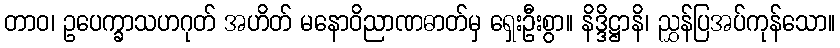
တာဝ၊ ဥပေက္ခာသဟဂုတ် အဟိတ် မနောဝိညာဏဓာတ်မှ ရှေးဦးစွာ။ နိဒ္ဒိဋ္ဌာနိ၊ ညွှန်ပြအပ်ကုန်သော။